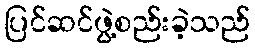
ပြင်ဆင်ဖွဲ့စည်းခဲ့သည်